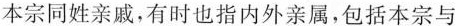
本宗同姓亲戚，有时也指内外亲属，包括本宗与